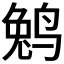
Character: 𱊆